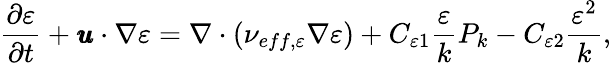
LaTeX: \frac{\partial\varepsilon}{\partial t}+\pmb{u}\cdot\nabla\varepsilon=\nabla\cdot\left(\nu_{eff,\varepsilon}\nabla\varepsilon\right)+C_{\varepsilon 1}\frac{\varepsilon}{k}P_{k}-C_{\varepsilon 2}\frac{\varepsilon^{2}}{k},